Problem: 16 + 18 = ?
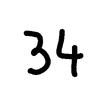
Handwritten answer: 34